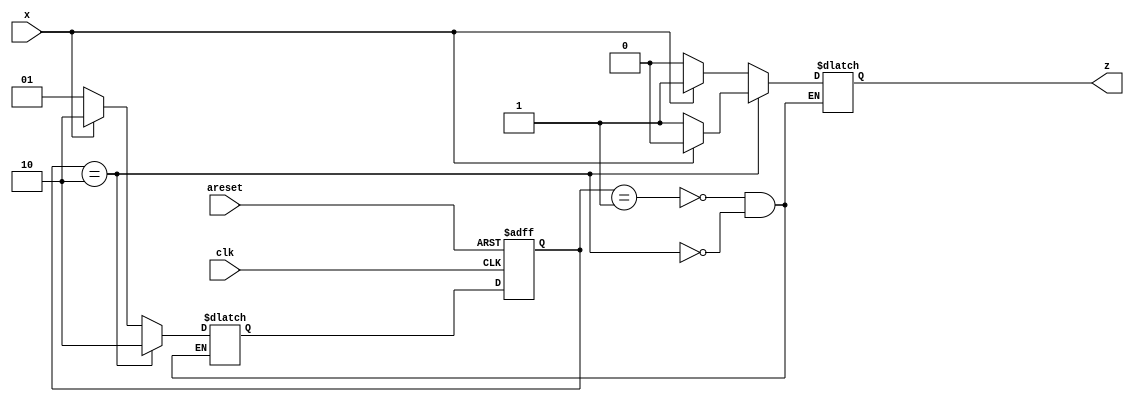
module top_module (
    input clk,
    input areset,
    input x,
    output z
); 

	localparam [1:0] A = 2'b01,
					 B = 2'b10;

	reg [1:0] state, next;

	always @(*) begin
		case (state) 
			A : begin
				if (x) begin
					next = B;
					z =1;
				end
				else begin
					next = A;
					z = 0;
				end
			end
			B : begin
				next = B;
				z = (x) ? 0 : 1;
			end
		endcase
	end

	always @(posedge clk or posedge areset) begin
		if (areset) state <= A;
		else state <= next;
	end
endmodule